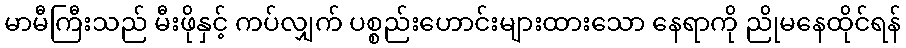
မာမီကြီးသည် မီးဖိုနှင့် ကပ်လျှက် ပစ္စည်းဟောင်းများထားသော နေရာကို ညိုမနေထိုင်ရန်